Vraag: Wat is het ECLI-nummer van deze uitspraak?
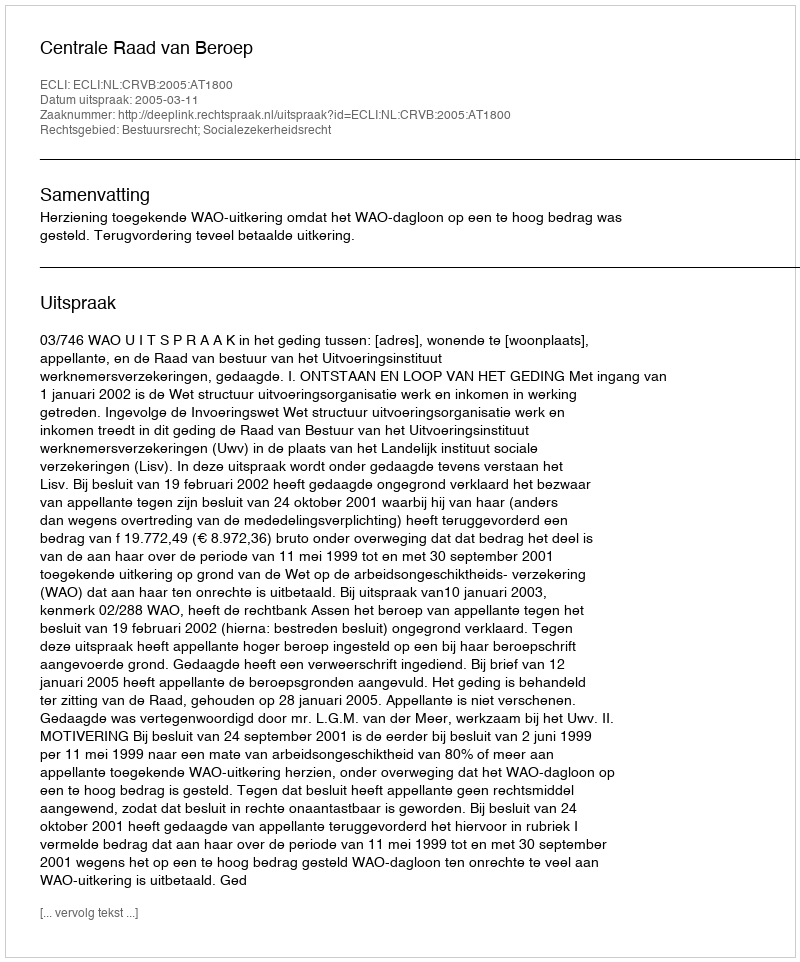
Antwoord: ECLI:NL:CRVB:2005:AT1800